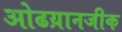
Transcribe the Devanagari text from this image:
ओढय़ानजीक